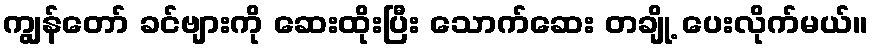
ကျွန်တော် ခင်ဗျားကို ဆေးထိုးပြီး သောက်ဆေး တချို့ ပေးလိုက်မယ်။